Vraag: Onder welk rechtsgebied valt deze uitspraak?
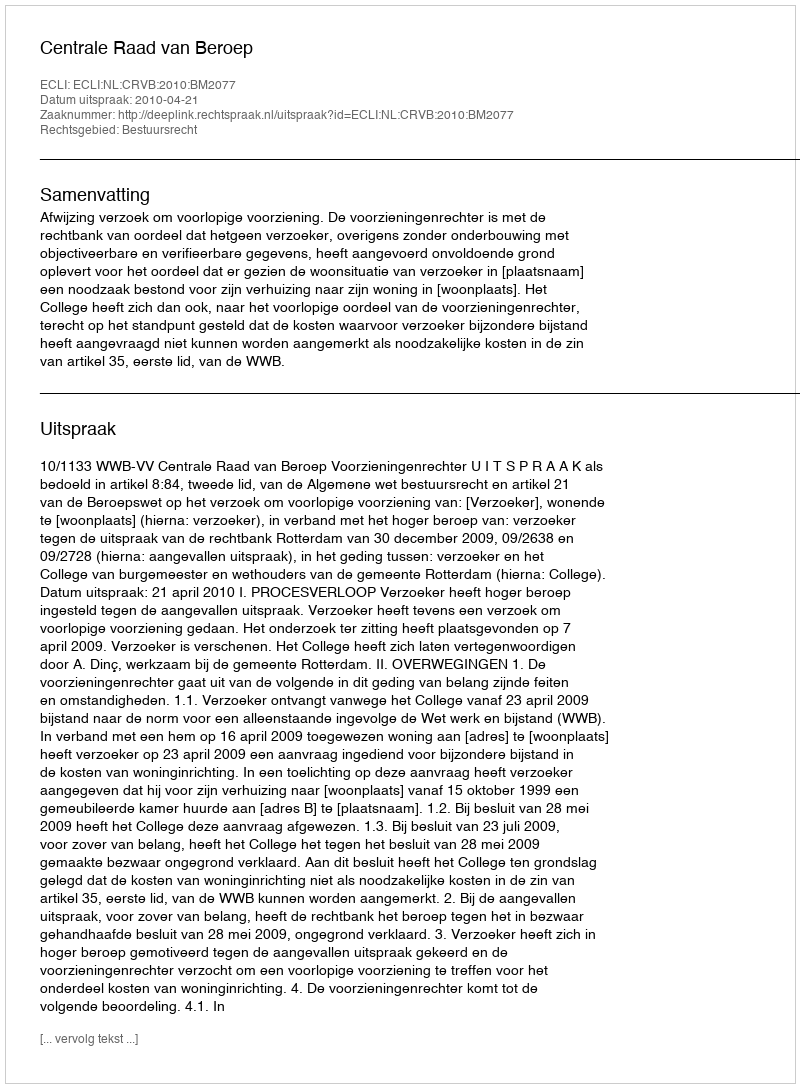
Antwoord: Bestuursrecht